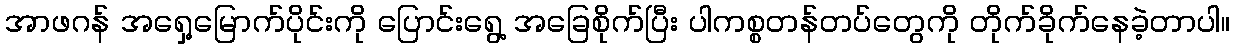
အာဖဂန် အရှေ့မြောက်ပိုင်းကို ပြောင်းရွေ့ အခြေစိုက်ပြီး ပါကစ္စတန်တပ်တွေကို တိုက်ခိုက်နေခဲ့တာပါ။